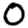
Digit: 0